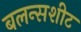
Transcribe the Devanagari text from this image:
बलन्सशीट